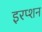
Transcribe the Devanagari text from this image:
इरप्शन